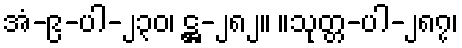
အံ-၉-ပါ-၂၃၀၊ ဋ္ဌ-၂၈၂။ ။သုတ္တ-ပါ-၂၈၇၊